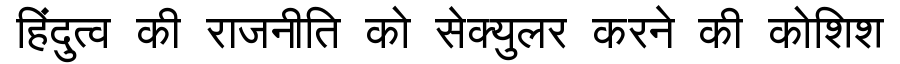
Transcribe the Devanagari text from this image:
हिंदुत्व की राजनीति को सेक्युलर करने की कोशिश